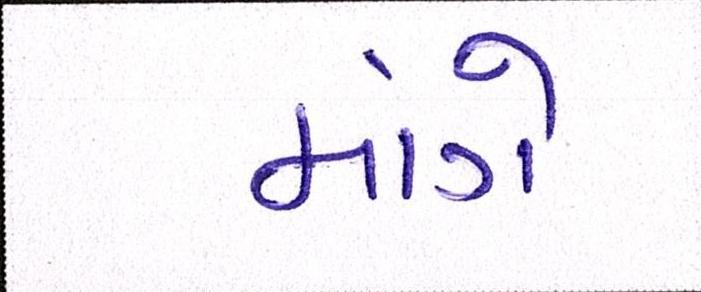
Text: માંગે